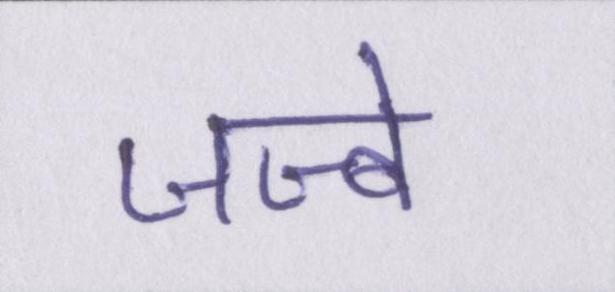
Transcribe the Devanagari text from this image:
जज्बे